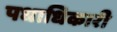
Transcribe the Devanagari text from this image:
पधाधिकारी